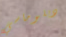
دبلوماسي